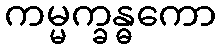
ကမ္မက္ခန္ဓကော